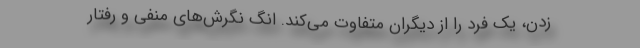
زدن، یک فرد را از دیگران متفاوت می‌کند. انگ نگرش‌های منفی و رفتار